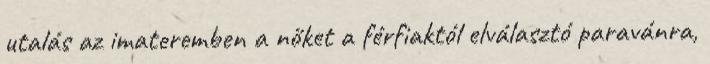
utalás az imateremben a nőket a férfiaktól elválasztó paravánra,